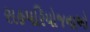
સહપરિયોજનાઓ